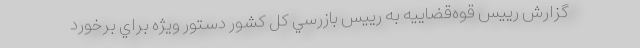
گزارش رييس قوه‌قضاييه به رييس بازرسي كل كشور دستور ويژه براي برخورد